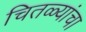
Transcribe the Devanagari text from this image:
चितळ्यांचा